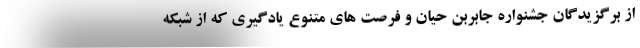
از برگزیدگان جشنواره جابربن حیان و فرصت های متنوع یادگیری که از شبکه